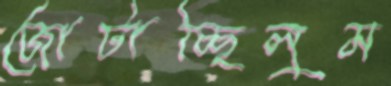
জোটাচ্ছিলুম